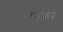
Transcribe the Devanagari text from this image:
वर्धेकर